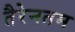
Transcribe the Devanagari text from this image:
तैरेनतम